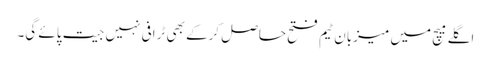
اگلے میچ میں میزبان ٹیم فتح حاصل کرکے بھی ٹرافی نہیں جیت پائے گی۔